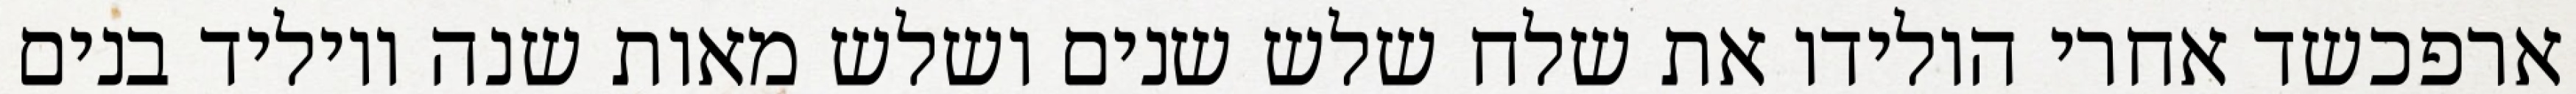
ארפכשד אחרי הולידו את שלח שלש שנים ושלש מאות שנה ויוליד בנים